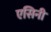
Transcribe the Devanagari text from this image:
एसिनी